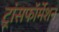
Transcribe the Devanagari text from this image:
ट्रांसफॉर्मेशन